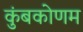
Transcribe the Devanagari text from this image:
कुंबकोणम